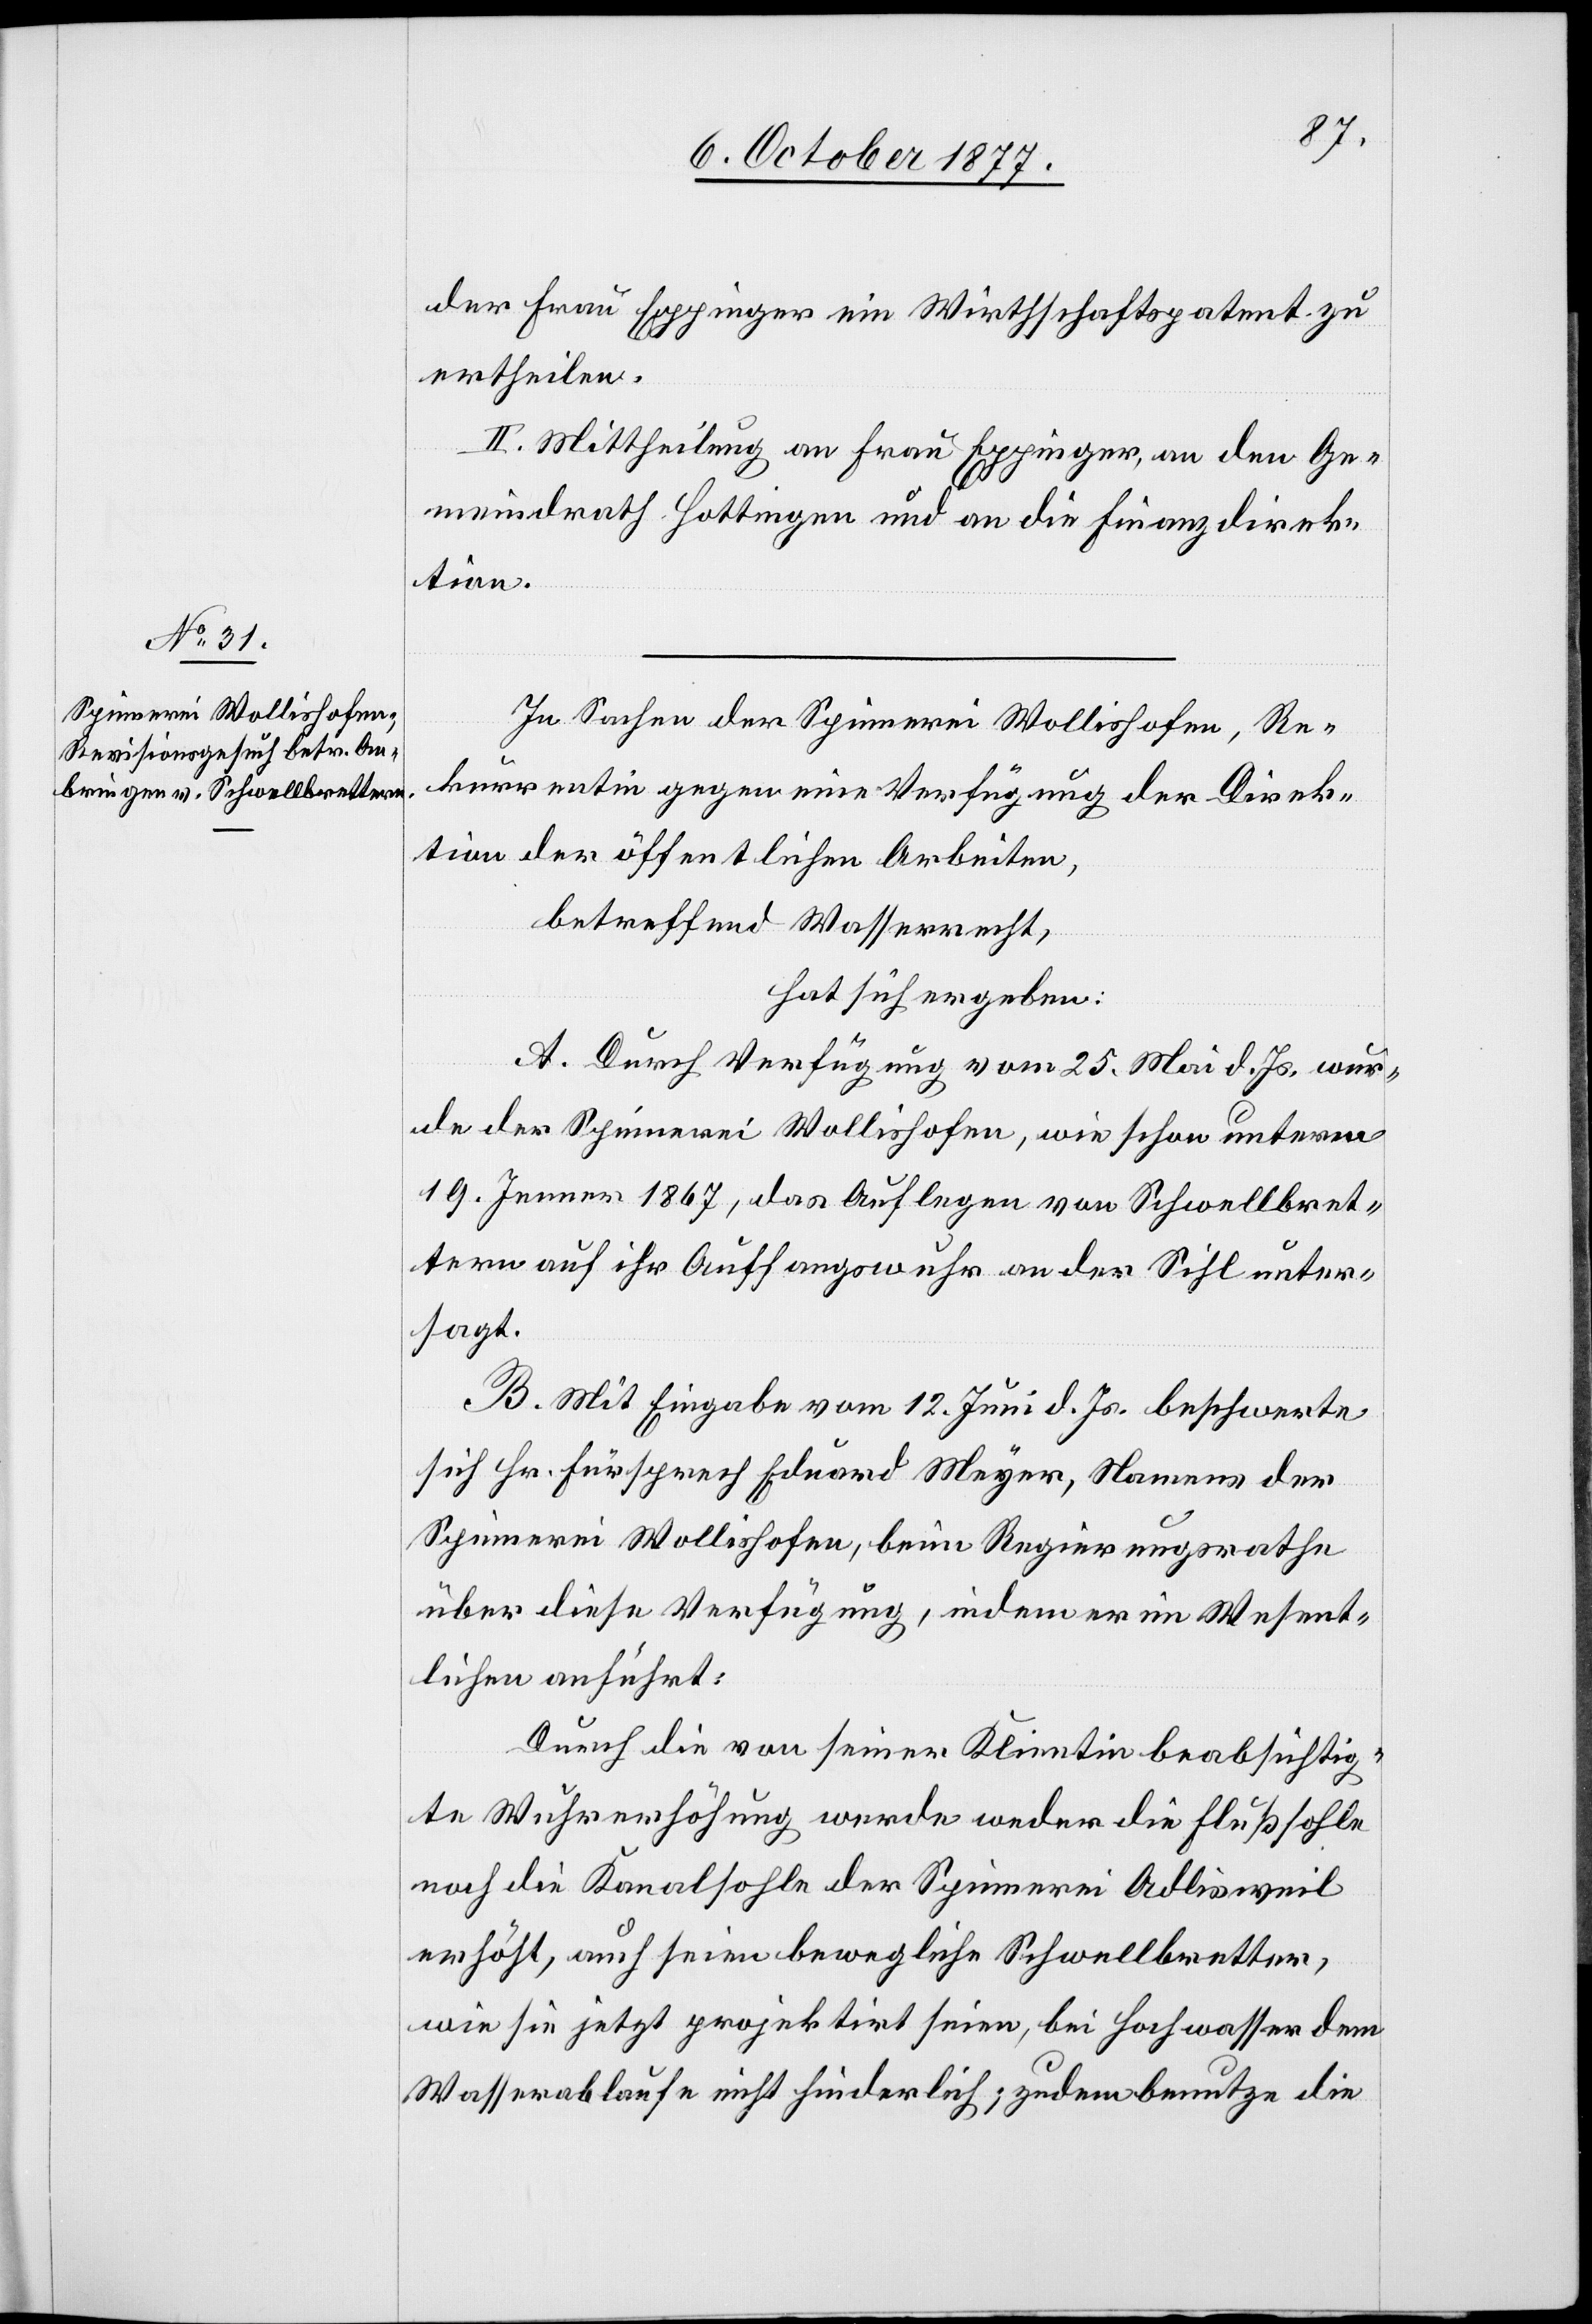
der Frau Eppinger ein Wirthschaftspatent zu
ertheilen.
II. Mittheilung an Frau Eppinger, an den Ge¬
meindrath Hottingen und an die Finanzdirek¬
tion.
In Sachen der Spinnerei Wollishofen, Re¬
kurrentin gegen eine Verfügung der Direk¬
tion der öffentlichen Arbeiten,
betreffend Wasserrecht,
hat sich ergeben:
A. Durch Verfügung vom 25. Mai d. Js. wur¬
de der Spinnerei Wollishofen, wie schon unterm
19. Jenner 1867, das Auflegen von Schwellbret¬
tern auf ihr Auffangswuhr an der Sihl unter¬
sagt.
B. Mit Eingabe vom 12. Juni d. Js. beschwerte
sich Hr. Fürsprech Eduard Meyer, Namens der
Spinnerei Wollishofen, beim Regierungsrathe
über diese Verfügung, indem er im Wesent¬
lichen anführt:
Durch die von seiner Klientin beabsichtig¬
te Wuhrerhöhung werde weder die Flußsohle
noch die Kanalsohle der Spinnerei Adlisweil
erhöht, auch seien bewegliche Schwellbretter,
wie sie jetzt projektirt seien, bei Hochwasser dem
Wasserablaufe nicht hinderlich; zudem benutze die